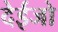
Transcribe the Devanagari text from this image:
देईजो